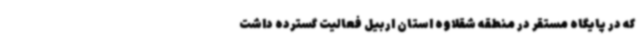
که در پایگاه مستقر در منطقه شقلاوه استان اربیل فعالیت گسترده داشت